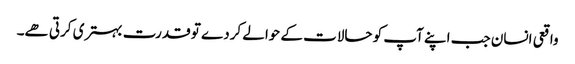
واقعی انسان جب اپنے آپ کو حالات کے حوالے کردے تو قدرت بہتری کرتی ھے۔